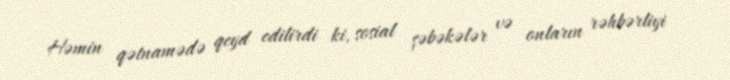
Həmin qətnamədə qeyd edilirdi ki, sosial şəbəkələr və onların rəhbərliyi